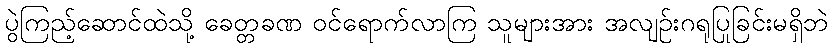
ပွဲကြည့်ဆောင်ထဲသို့ ခေတ္တခဏ ဝင်ရောက်လာကြ သူများအား အလျဉ်းဂရုပြုခြင်းမရှိဘဲ